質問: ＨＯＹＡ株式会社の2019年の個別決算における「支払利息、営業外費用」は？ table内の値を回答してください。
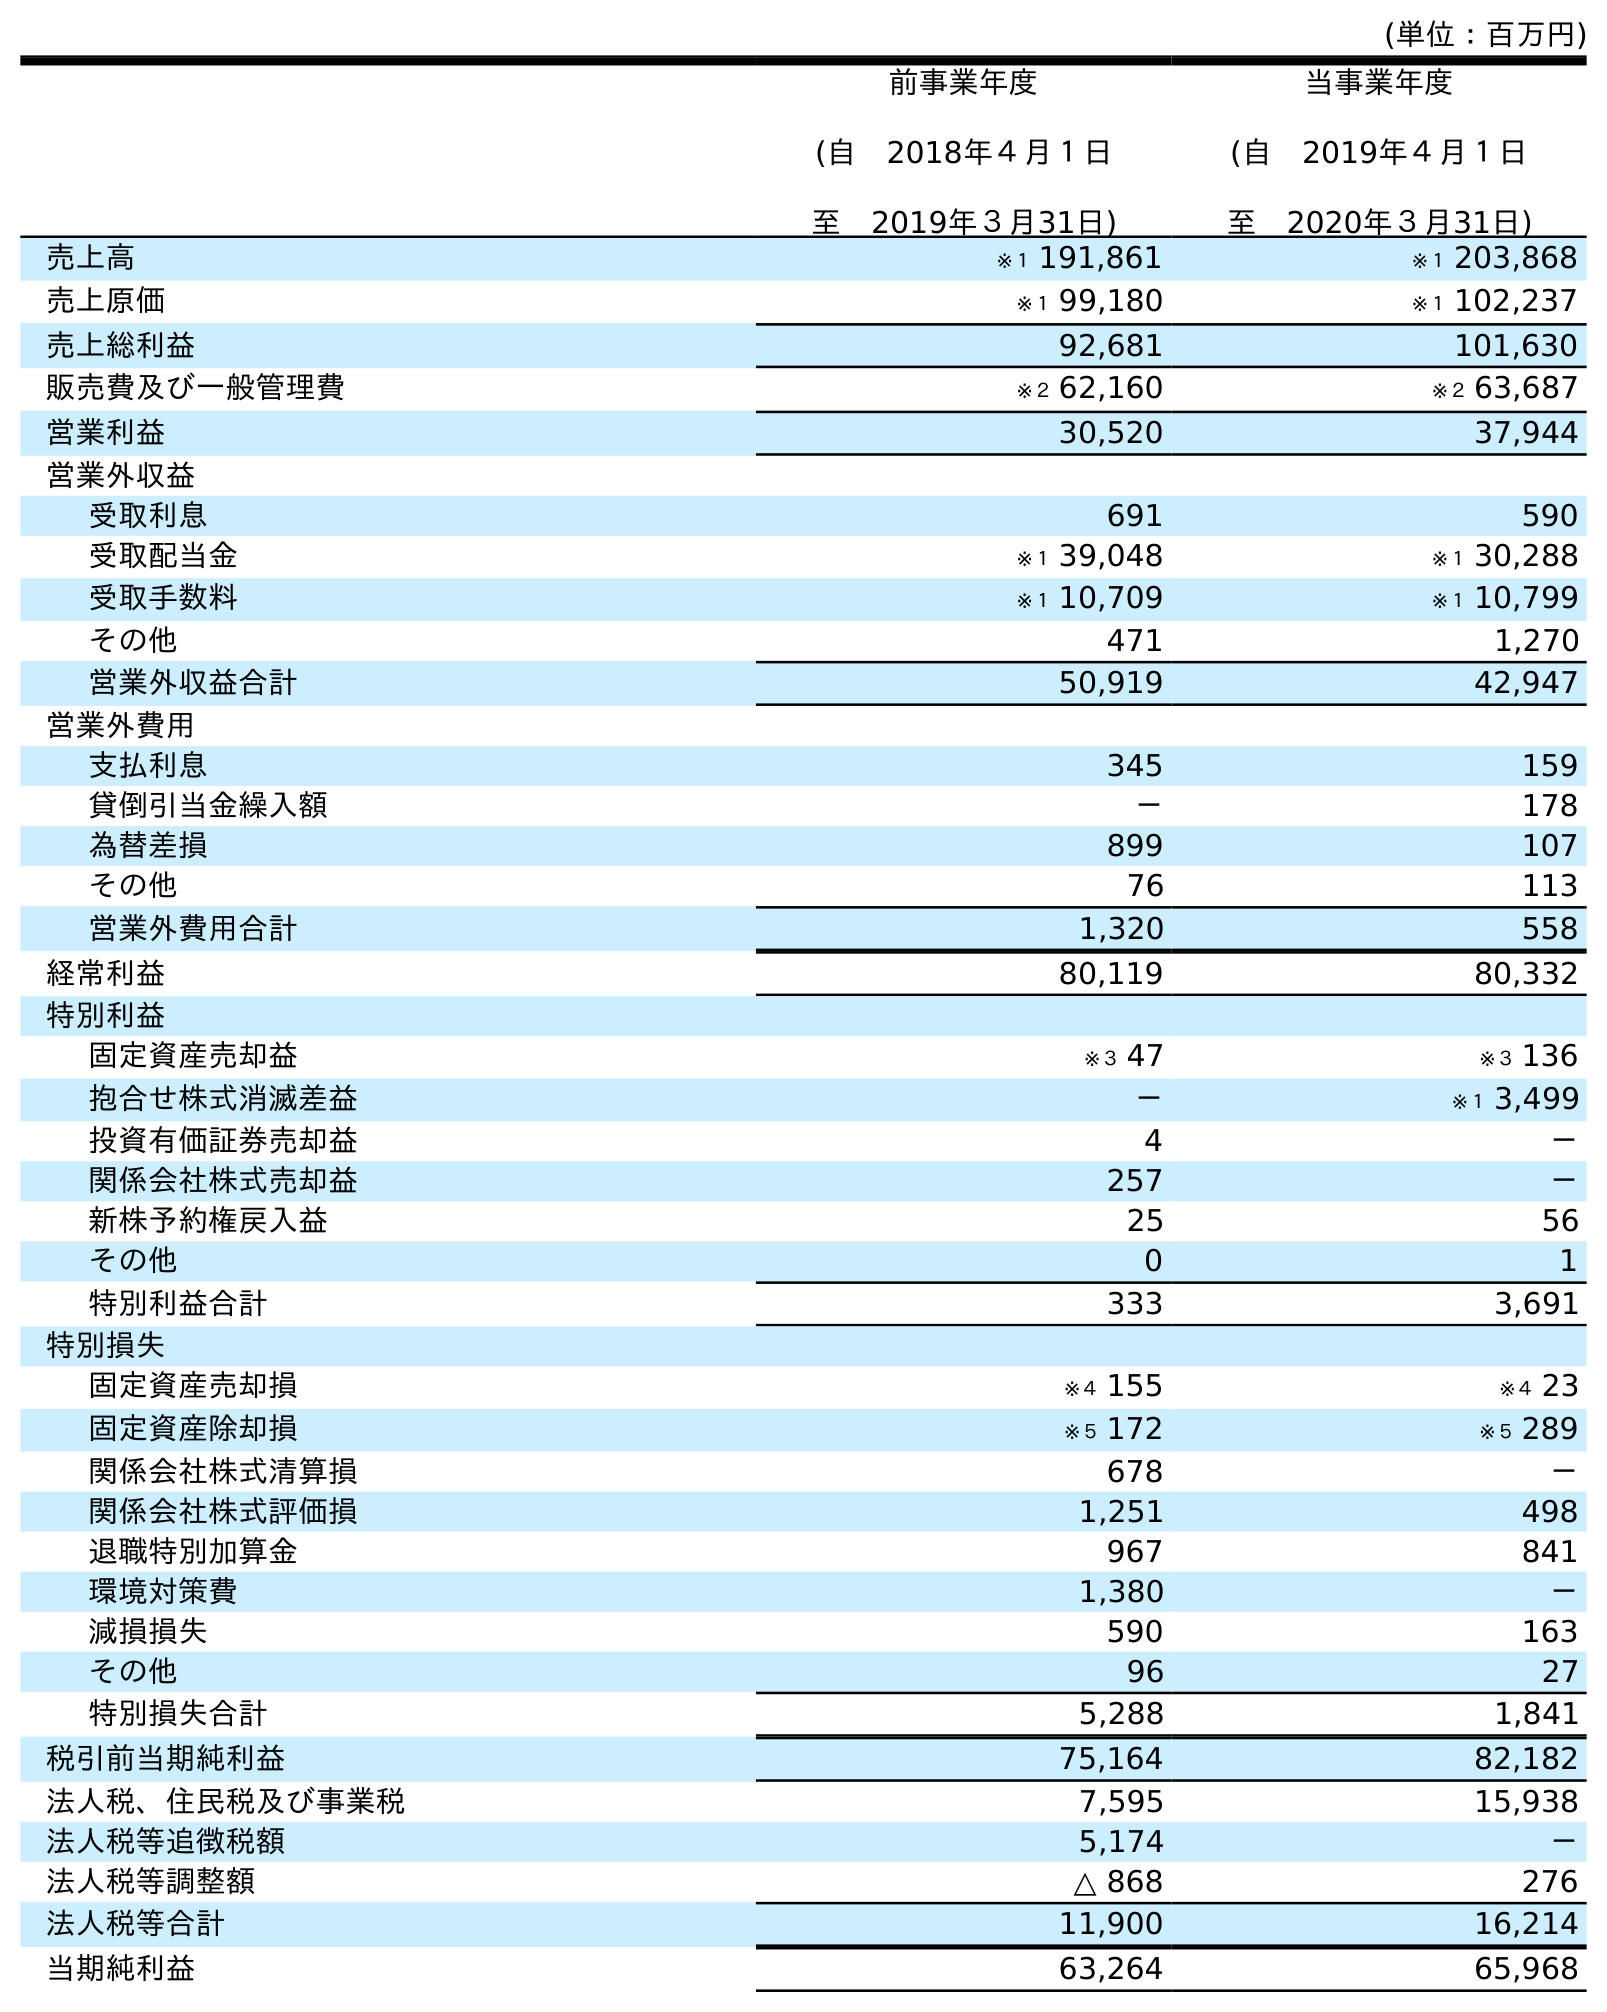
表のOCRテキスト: (単位：百万円) 前事業年度 (自 2018年４月１日 至 2019年３月31日) 当事業年度 (自 2019年４月１日 至 2020年３月31日) 売上高 ※１ 191,861 ※１ 203,868 売上原価 ※１ 99,180 ※１ 102,237 売上総利益 92,681 101,630 販売費及び一般管理費 ※２ 62,160 ※２ 63,687 営業利益 30,520 37,944 営業外収益 受取利息 691 590 受取配当金 ※１ 39,048 ※１ 30,288 受取手数料 ※１ 10,709 ※１ 10,799 その他 471 1,270 営業外収益合計 50,919 42,947 営業外費用 支払利息 345 159 貸倒引当金繰入額 － 178 為替差損 899 107 その他 76 113 営業外費用合計 1,320 558 経常利益 80,119 80,332 特別利益 固定資産売却益 ※３ 47 ※３ 136 抱合せ株式消滅差益 － ※１ 3,499 投資有価証券売却益 4 － 関係会社株式売却益 257 － 新株予約権戻入益 25 56 その他 0 1 特別利益合計 333 3,691 特別損失 固定資産売却損 ※４ 155 ※４ 23 固定資産除却損 ※５ 172 ※５ 289 関係会社株式清算損 678 － 関係会社株式評価損 1,251 498 退職特別加算金 967 841 環境対策費 1,380 － 減損損失 590 163 その他 96 27 特別損失合計 5,288 1,841 税引前当期純利益 75,164 82,182 法人税、住民税及び事業税 7,595 15,938 法人税等追徴税額 5,174 － 法人税等調整額 △ 868 276 法人税等合計 11,900 16,214 当期純利益 63,264 65,968
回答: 345